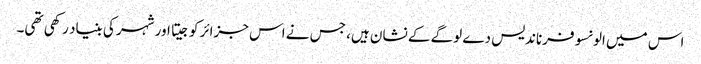
اس میں الونسو فرناندیس دے لوگے کے نشان ہیں، جس نے اس جزائر کو جیتا اور شہر کی بنیاد رکھی تھی۔